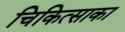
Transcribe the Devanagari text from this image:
चिकित्साका